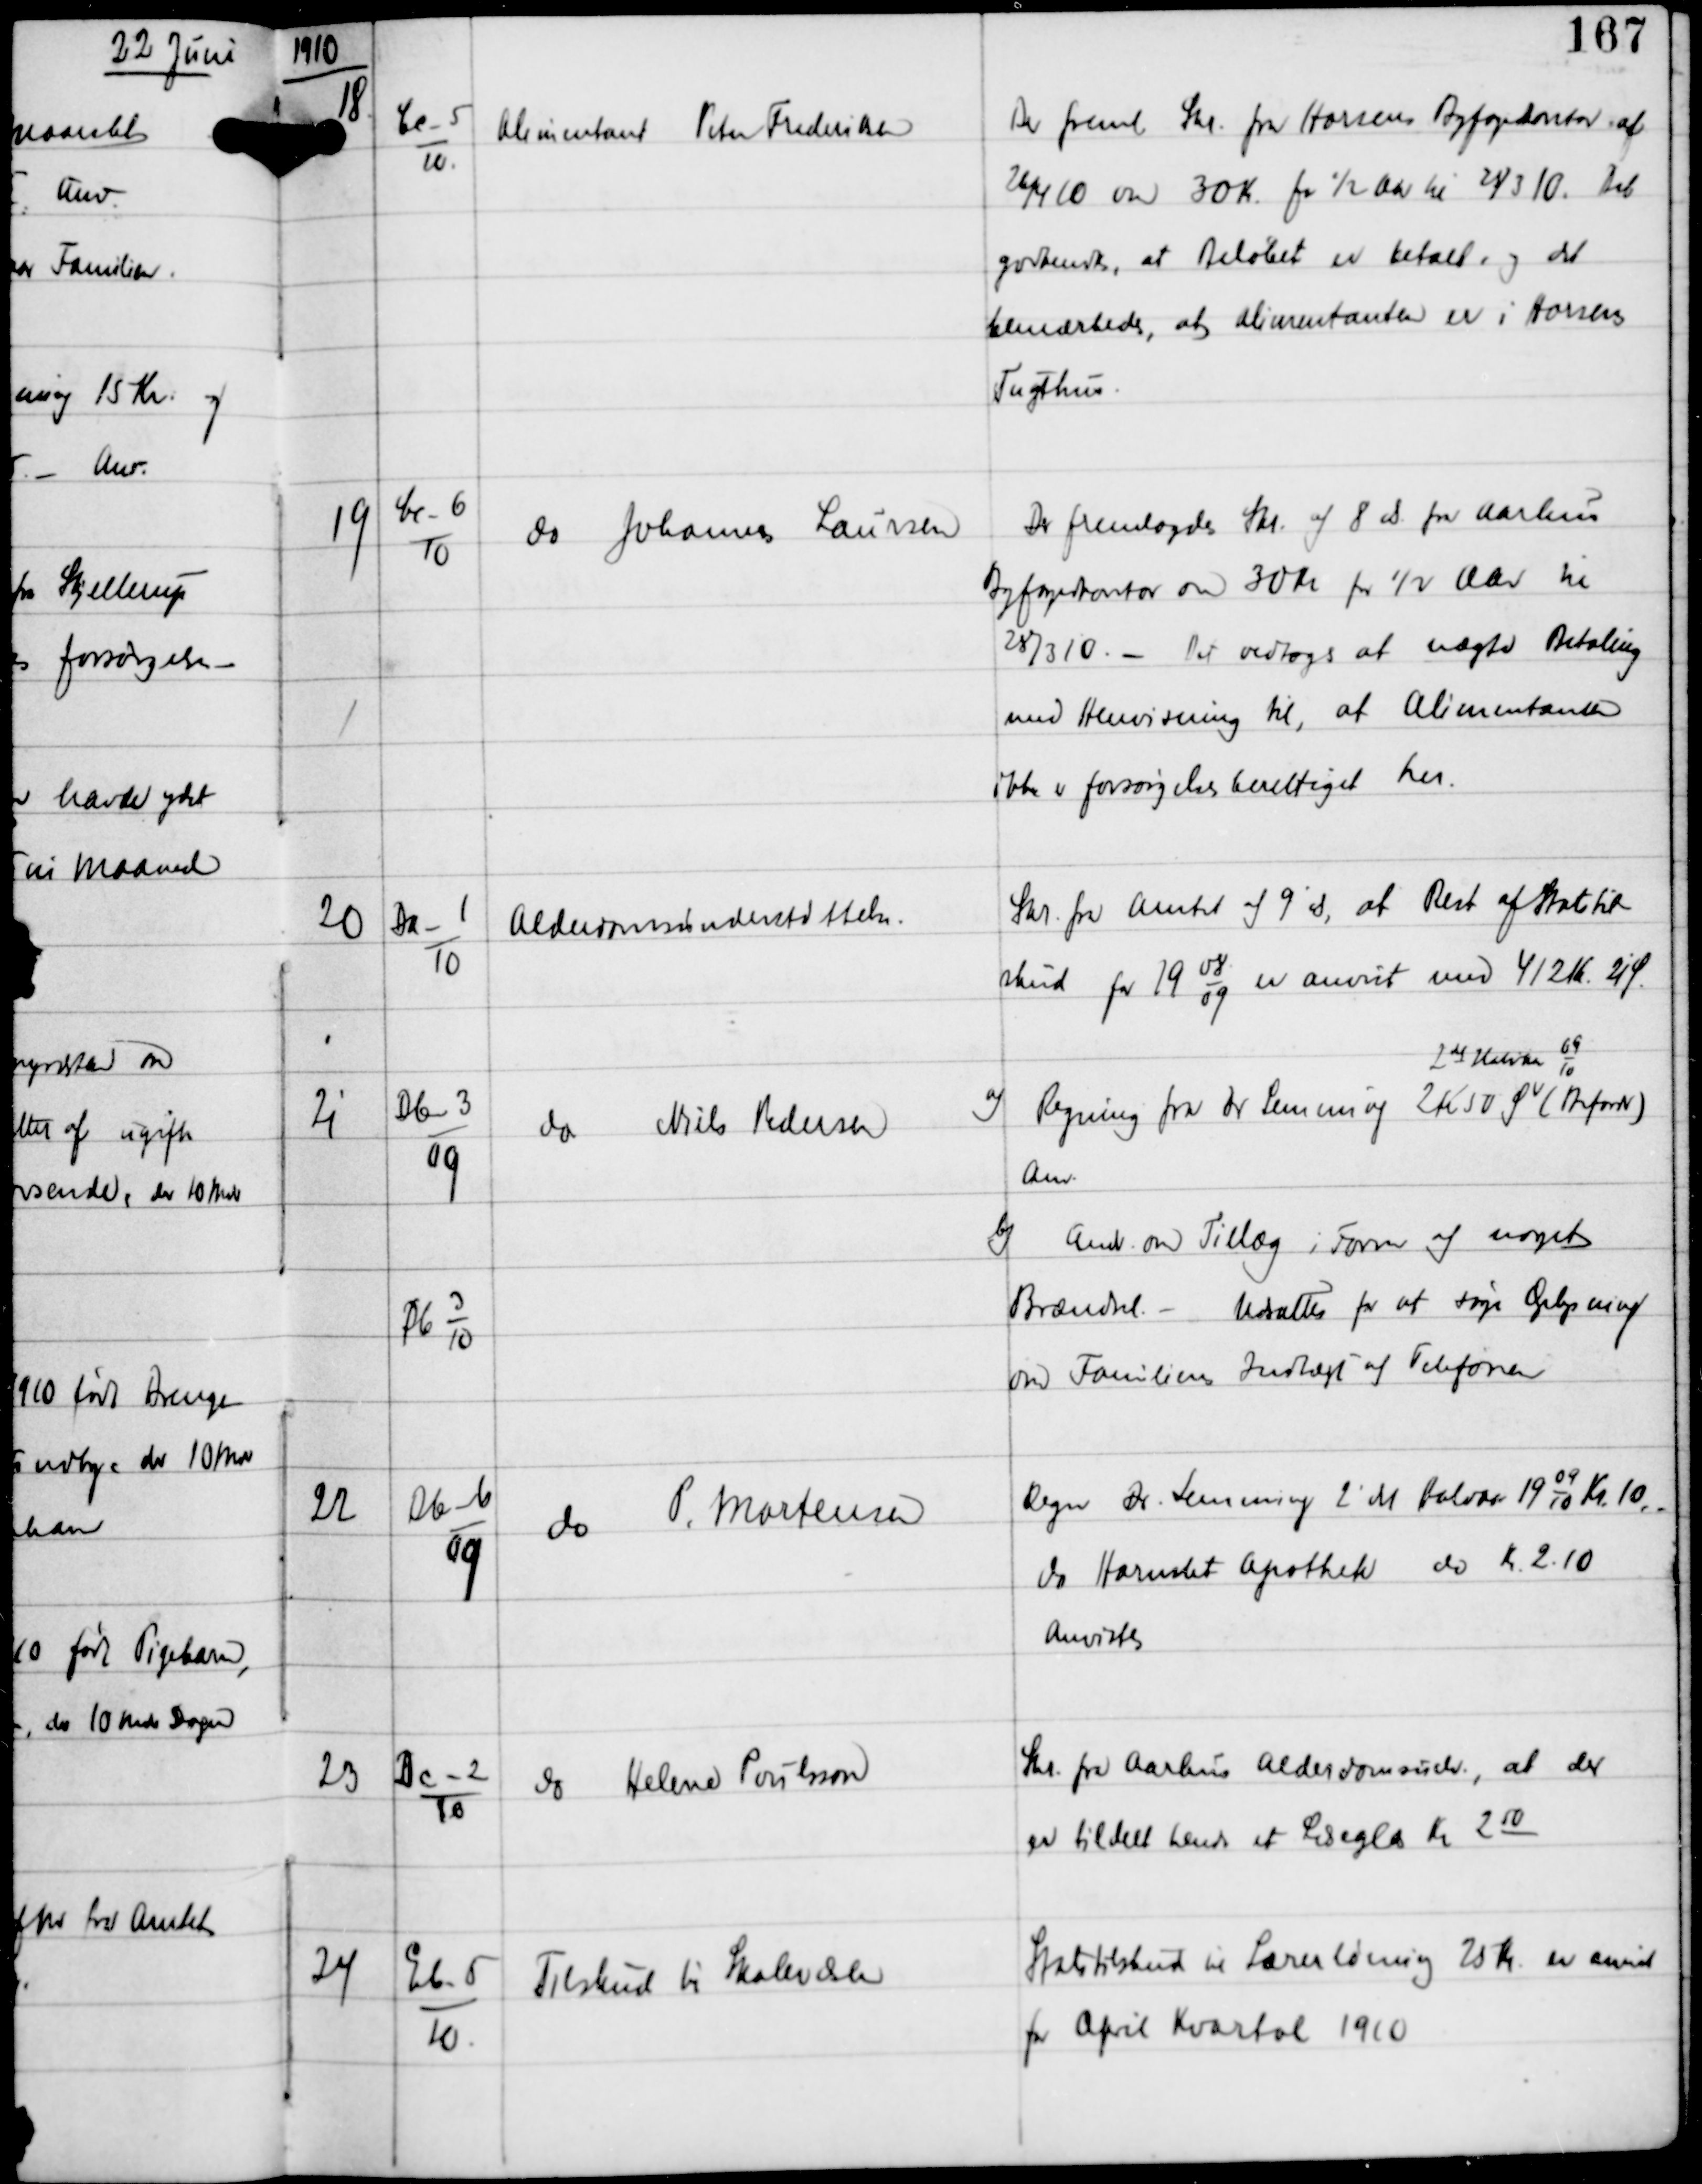
Transskription:
1910

18

Cc-5
10

Alimentant Peter Frederiksen

Der freml Skr fra Horsens Byfogedkontor af
26/4 10 om 30 Kr for ½ Aar til 25/3 10. Det
godkendtes, at Beløbet er betalt, og det
bemærkedes, at Alimentanten er i Horsens
Tugthus.

19

Cc-6
10

do Johannes Laursen

Der fremlagdes Skr af 8 ds fra Aarhus
Byfogedkontor om 30 Kr for ½ Aar til
28/3 10. - Det vedtoges at nægte Betaling
med Henvisning til, at Alimentanten
ikke er forsørgelsesberettiget her.

20

Da-1
10

Alderdomsunderstøttelse.

Skr fra Amtet af 9' ds, at Rest af Statstil-
skud for 19
08
09
er anvist med 412 Kr 21 Ø.

21

Db-3
09

Db-3
10

do Niels Pedersen

a)
Regning fra Dr Lemming 2 Kr 50 Ø
2 det Halvaar
09
10
(Befordr)
Anv.
b) Andr om Tillæg i Form af noget
Brændsel. - Udsattes for at søge Oplysning
om Familiens Indtægt af Telefonen

22

Db-6
09

do P. Mortensen

Regn Dr Lemming 2' ds Halvaar 19
09
10
Kr 10
do Hornslet Apothek do Kr 2.10
Anvistes.

23

Dc-2
10

do Helene Porilsson

Skr fra Aarhus Alderdomsudv, at der
er tildelt hende et Læseglas Kr 250

24

Eb-5
10

Tilskud til Skolevæsen

Statstilskud til Lærerløning 25 Kr er anvist
for April Kvartal 1910